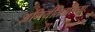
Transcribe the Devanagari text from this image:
अनियंतितरित्या